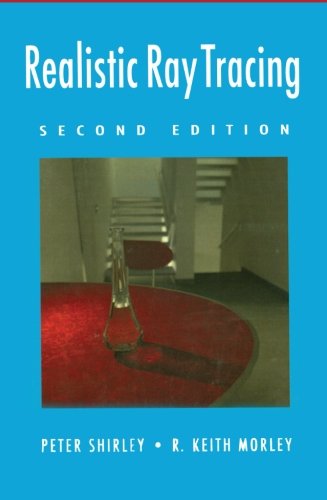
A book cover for Realistic Ray Tracing, Second Edition; Peter Shirley; Computers & Technology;